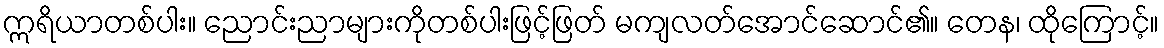
ဣရိယာတစ်ပါး။ ညောင်းညာများကိုတစ်ပါးဖြင့်ဖြတ် မကျလတ်အောင်ဆောင်၏။ တေန၊ ထိုကြောင့်။